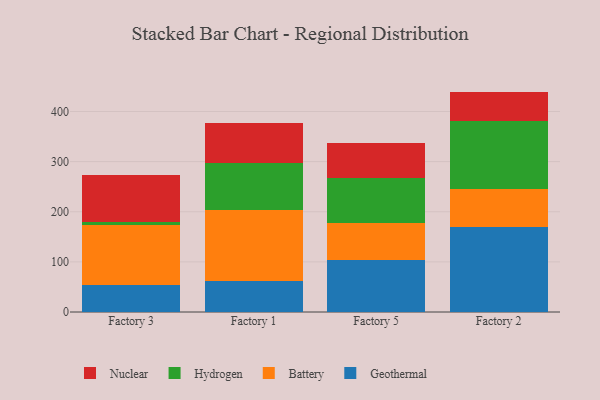
{"axis": {"x": "Factory", "y": "Tickets Resolved"}, "legend": ["Battery", "Geothermal", "Hydrogen", "Nuclear"], "data": [{"x": "Factory 3", "y": 53.3, "type": "Geothermal"}, {"x": "Factory 3", "y": 120.7, "type": "Battery"}, {"x": "Factory 3", "y": 6.0, "type": "Hydrogen"}, {"x": "Factory 3", "y": 93.5, "type": "Nuclear"}, {"x": "Factory 1", "y": 62.3, "type": "Geothermal"}, {"x": "Factory 1", "y": 140.9, "type": "Battery"}, {"x": "Factory 1", "y": 94.5, "type": "Hydrogen"}, {"x": "Factory 1", "y": 78.8, "type": "Nuclear"}, {"x": "Factory 5", "y": 103.8, "type": "Geothermal"}, {"x": "Factory 5", "y": 74.6, "type": "Battery"}, {"x": "Factory 5", "y": 89.0, "type": "Hydrogen"}, {"x": "Factory 5", "y": 70.7, "type": "Nuclear"}, {"x": "Factory 2", "y": 170.3, "type": "Geothermal"}, {"x": "Factory 2", "y": 74.7, "type": "Battery"}, {"x": "Factory 2", "y": 135.3, "type": "Hydrogen"}, {"x": "Factory 2", "y": 59.4, "type": "Nuclear"}]}